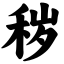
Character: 秽